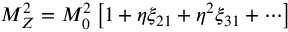
M _ { Z } ^ { 2 } = M _ { 0 } ^ { 2 } \left[ 1 + \eta \xi _ { 2 1 } + \eta ^ { 2 } \xi _ { 3 1 } + \cdots \right]